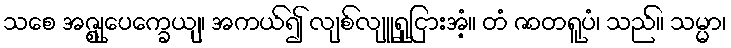
သစေ အဇ္ဈုပေက္ခေယျ၊ အကယ်၍ လျစ်လျူရှုငြားအံ့။ တံ ဇာတရူပံ၊ သည်။ သမ္မာ၊